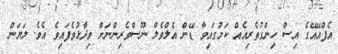
އެފްއޭއޭގެ އިސް ހިންގުތެރިއެއް ކަމުގައިވާ ޑޭން އެލްވެލް ނޫސްވެރިންނަށް ވިދާޅުވެފައިވެ އެވެ. ލަޔަން